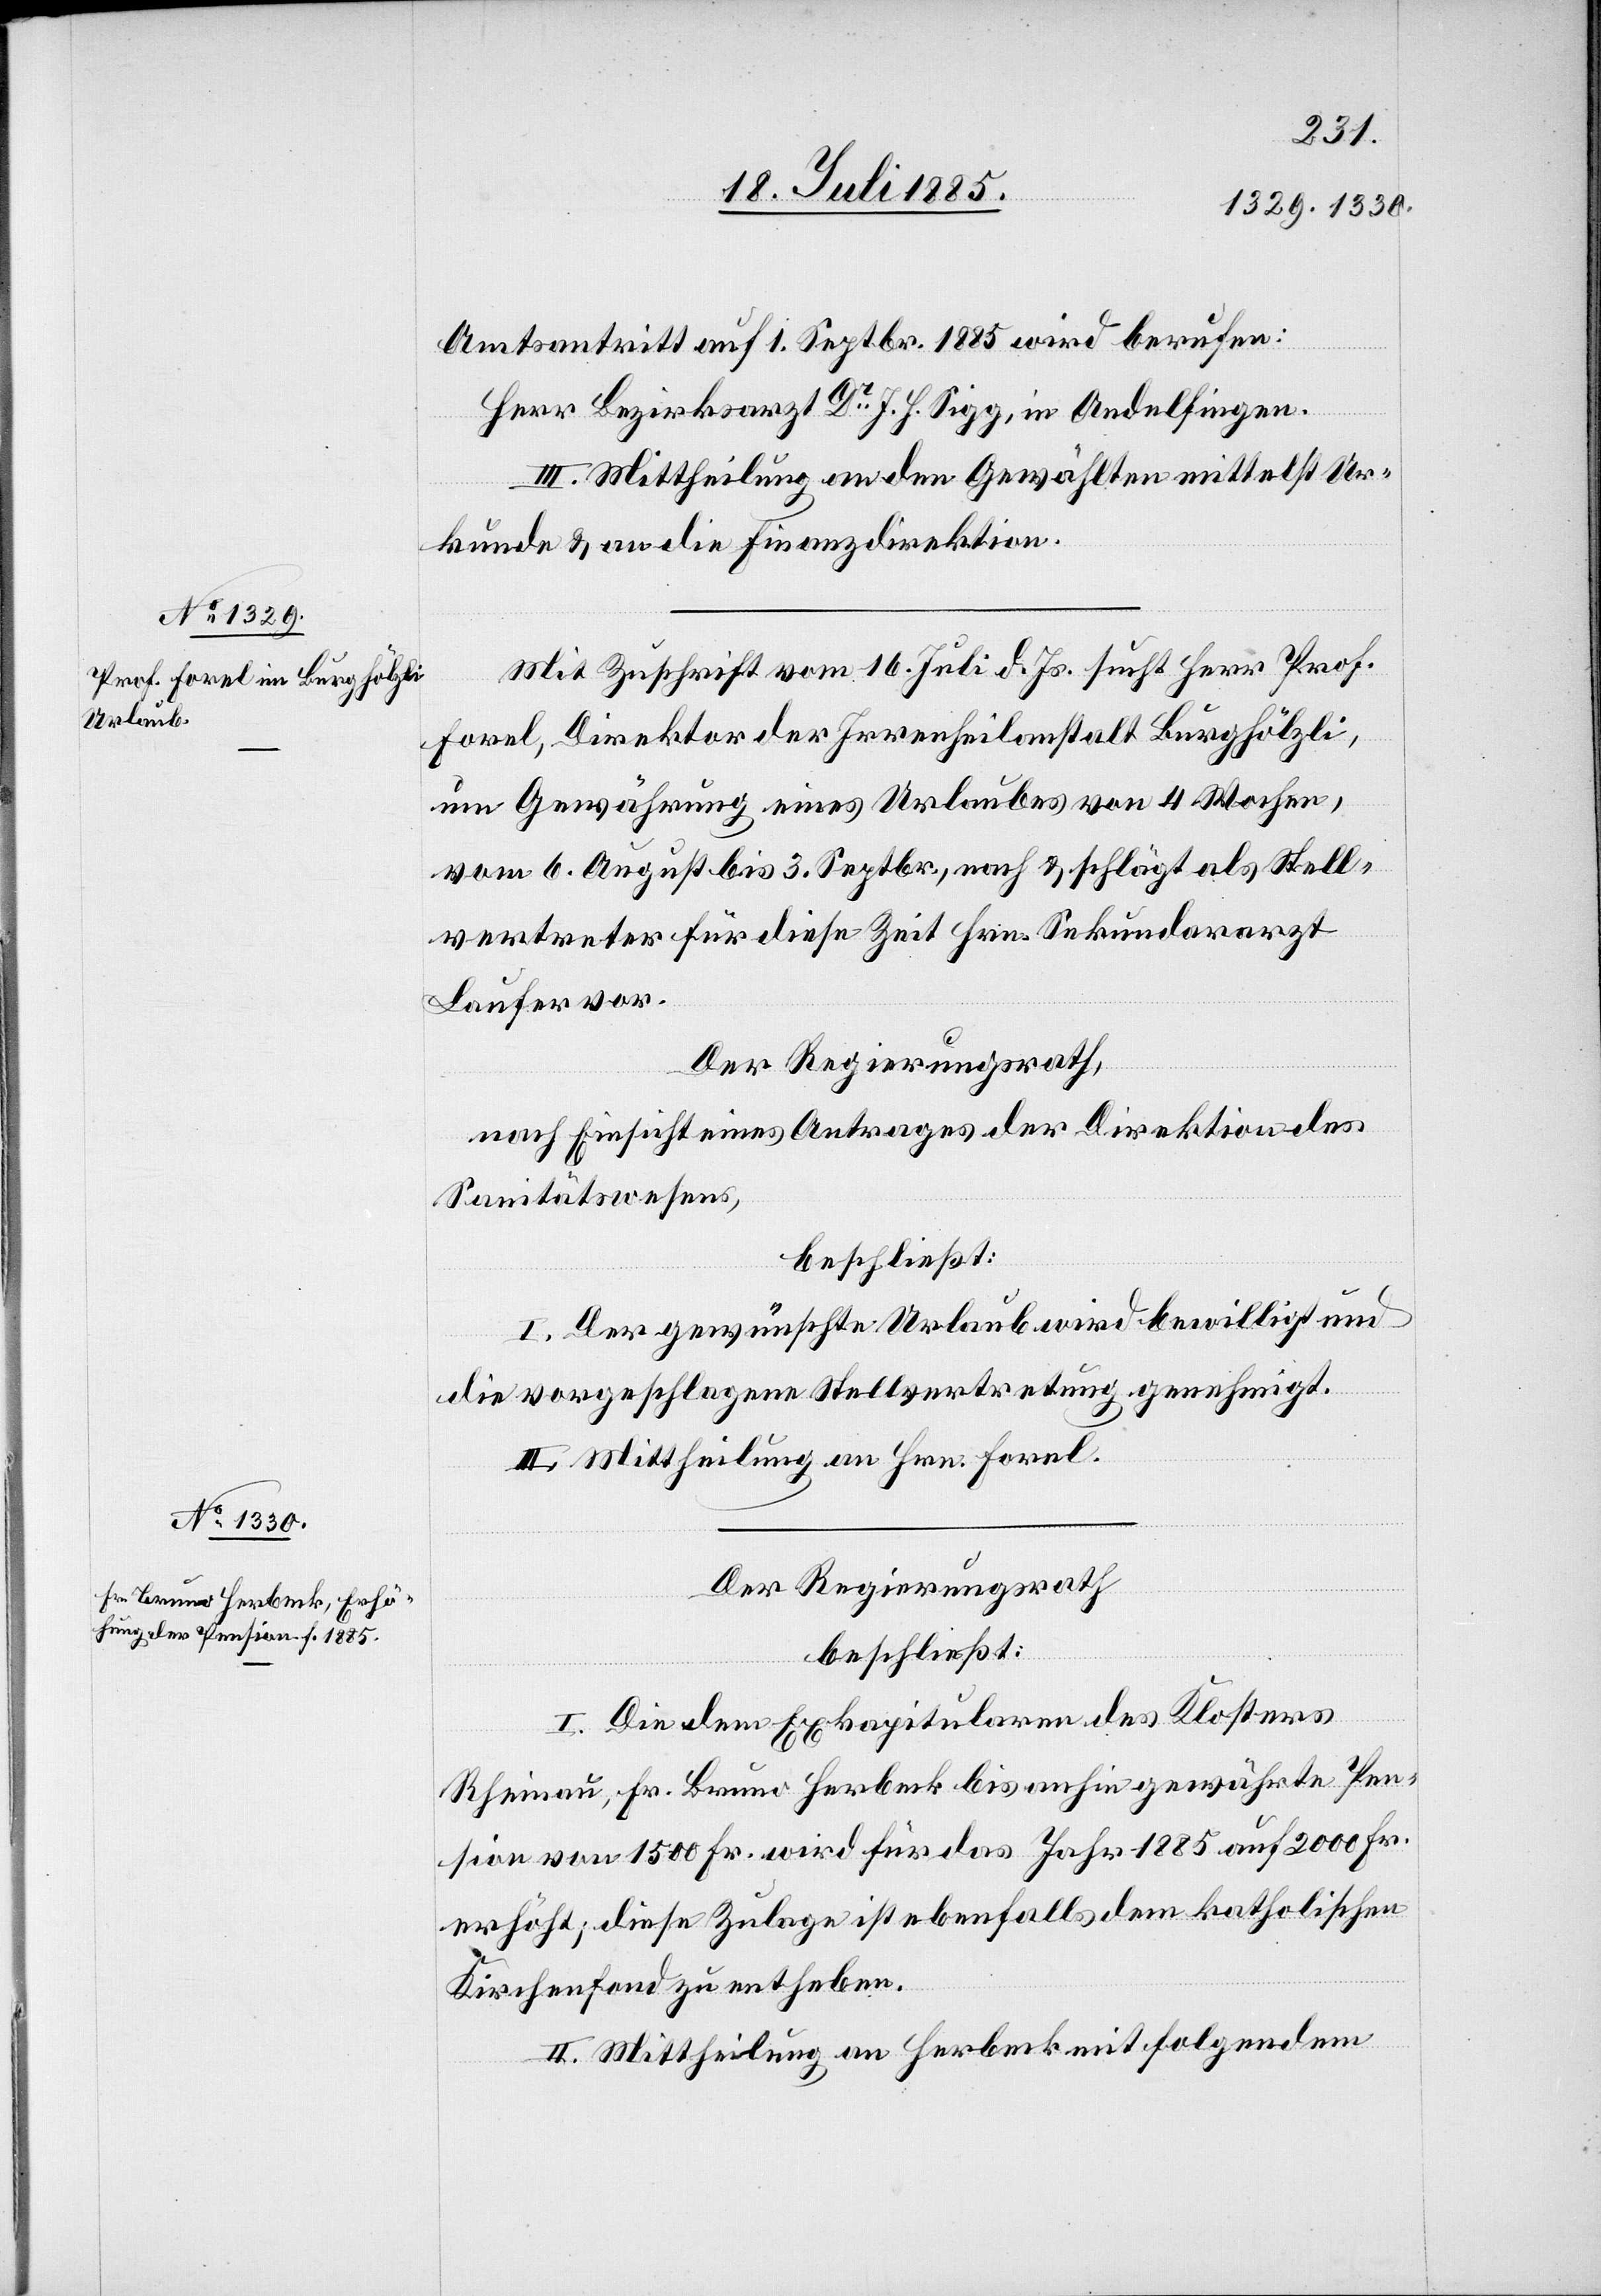
Amtsantritt auf 1. Septbr. 1885 wird berufen:
Herr Bezirksarzt Dr J. H. Sigg, in Andelfingen.
III. Mittheilung an den Gewählten mittelst Ur¬
kunde & an die Finanzdirektion.
Mit Zuschrift vom 16. Juli d. Js. sucht Herr Prof.
Forel, Direktor der Irrenheilanstalt Burghölzli,
um Gewährung eines Urlaubes von 4 Wochen,
vom 6. August bis 3. Septbr., nach & schlägt als Stell¬
vertreter für diese Zeit Hrn. Sekundararzt
Laufer vor.
Der Regierungsrath,
nach Einsicht eines Antrages der Direktion des
Sanitätswesens,
beschließt:
I. Der gewünschte Urlaub wird bewilligt und
die vorgeschlagene Stellvertretung genehmigt.
II. Mittheilung an Hrn. Forel.
Der Regierungsrath
beschließt:
I. Die dem Exkapitularen des Klosters
Rheinau, Fr. Bruno Herbeck bis anhin gewährte Pen¬
sion von 1500 Fr. wird für das Jahr 1885 auf 2000 Fr.
erhöht; diese Zulage ist ebenfalls dem katholischen
Kirchenfond zu entheben.
II. Mittheilung an Herbeck mit folgendem